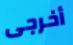
أخرجى